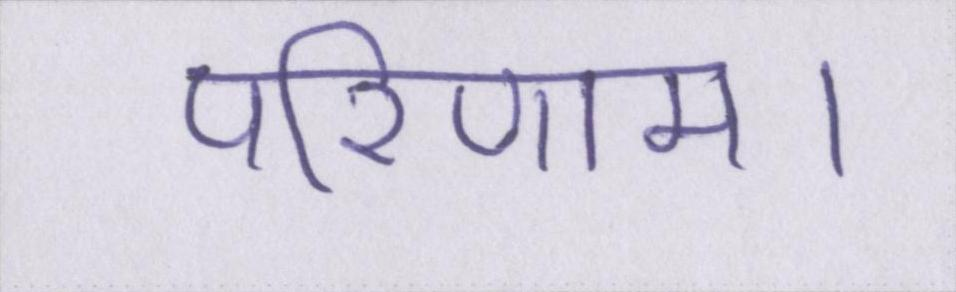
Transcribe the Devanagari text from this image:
परिणाम।